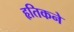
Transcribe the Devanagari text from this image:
हृतिकने